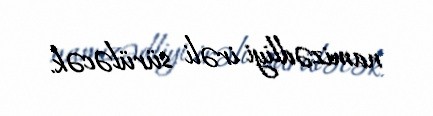
namizədliyi irəli sürüləcək.